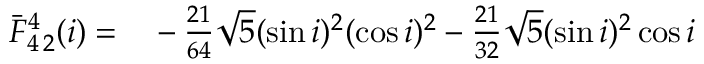
\begin{array} { r l } { \bar { F } _ { 4 \, 2 } ^ { 4 } ( i ) = } & { { } - \frac { 2 1 } { 6 4 } \sqrt { 5 } ( \sin i ) ^ { 2 } ( \cos i ) ^ { 2 } - \frac { 2 1 } { 3 2 } \sqrt { 5 } ( \sin i ) ^ { 2 } \cos i } \end{array}